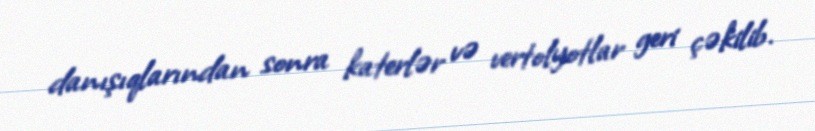
danışıqlarından sonra katerlər və vertolyotlar geri çəkilib.